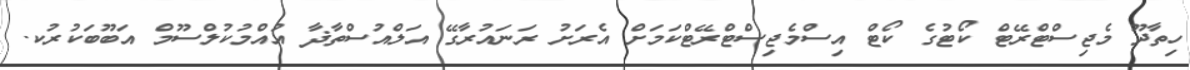
ހިތާދޫ މެޖިސްޓްރޭޓް ކޯޓުގެ ކޯޓް އިސްމެޖިސްޓްރޭޓްކަމަށް އެރަށު ރަނައުރާގޭ އަލްއުސްތާޛާ އުއްމުކުލްސޫމް އަބޫބަކުރުކ.